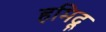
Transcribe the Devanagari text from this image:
हमिदू